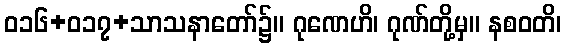
ဝ၁၆+၀၁၇+သာသနာတော်၌။ ဂုဏေဟိ၊ ဂုဏ်တို့မှ။ နစဝတိ၊